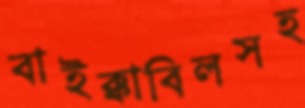
বাইক্কাবিলসহ